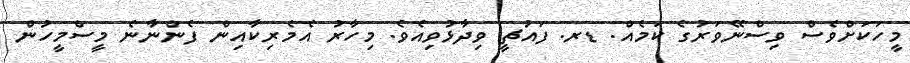
މީހަކަށްވެސް ވިސްނޭވަރުގެ ކަމެއް. ޑރ. ފައުޗީ ވިދާޅުވިއެވެ. މިހާރު އެމެރިކާއިން ފެންނާނެ މީސްމީހުން